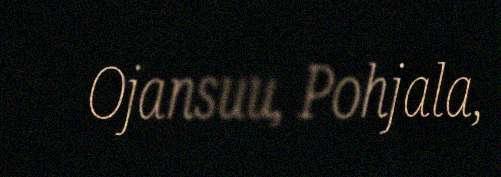
Ojansuu, Pohjala,